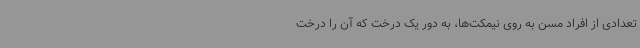
تعدادی از افراد مسن به روی نیمکت‌ها، به دور یک درخت که آن را درخت